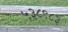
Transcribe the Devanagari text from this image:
५३८९८३